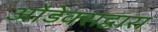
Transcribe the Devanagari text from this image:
ओडेक्सद्वारा